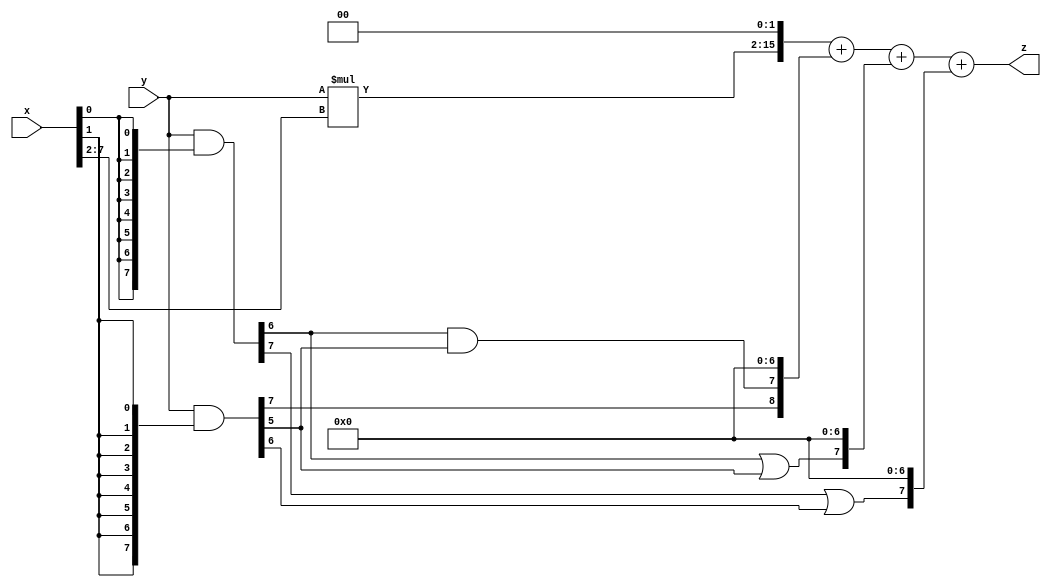
// terms: 4
// fval:  9683.25

module unsigned_8x8_l2_lamb2000_3 (
	input [7:0] x,
	input [7:0] y,
	output [15:0] z
);

wire [13:0] tmp_z = y*x[7:2];

wire [7:0] part1 =  y & {8{x[0]}};
wire [7:0] part2 =  y & {8{x[1]}};

wire [8:0] new_part1;
assign new_part1[0] = 0;
assign new_part1[1] = 0;
assign new_part1[2] = 0;
assign new_part1[3] = 0;
assign new_part1[4] = 0;
assign new_part1[5] = 0;
assign new_part1[6] = 0;
assign new_part1[7] = part1[6] & part2[5];
assign new_part1[8] = part2[7];

wire [7:0] new_part2;
assign new_part2[0] = 0;
assign new_part2[1] = 0;
assign new_part2[2] = 0;
assign new_part2[3] = 0;
assign new_part2[4] = 0;
assign new_part2[5] = 0;
assign new_part2[6] = 0;
assign new_part2[7] = part1[6] | part2[5];

wire [7:0] new_part3;
assign new_part3[0] = 0;
assign new_part3[1] = 0;
assign new_part3[2] = 0;
assign new_part3[3] = 0;
assign new_part3[4] = 0;
assign new_part3[5] = 0;
assign new_part3[6] = 0;
assign new_part3[7] = part1[7] | part2[6];

assign z = {tmp_z, 2'd 0} + new_part1 + new_part2 + new_part3;
endmodule